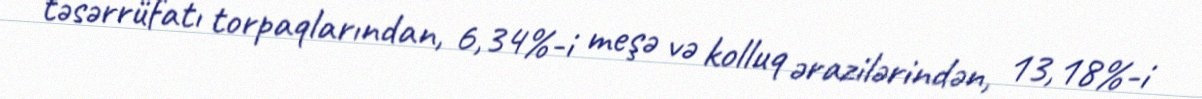
təsərrüfatı torpaqlarından, 6,34%-i meşə və kolluq ərazilərindən, 13,18%-i